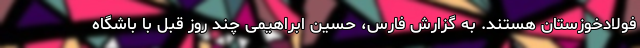
فولادخوزستان هستند. به گزارش فارس، حسین ابراهیمی چند روز قبل با باشگاه